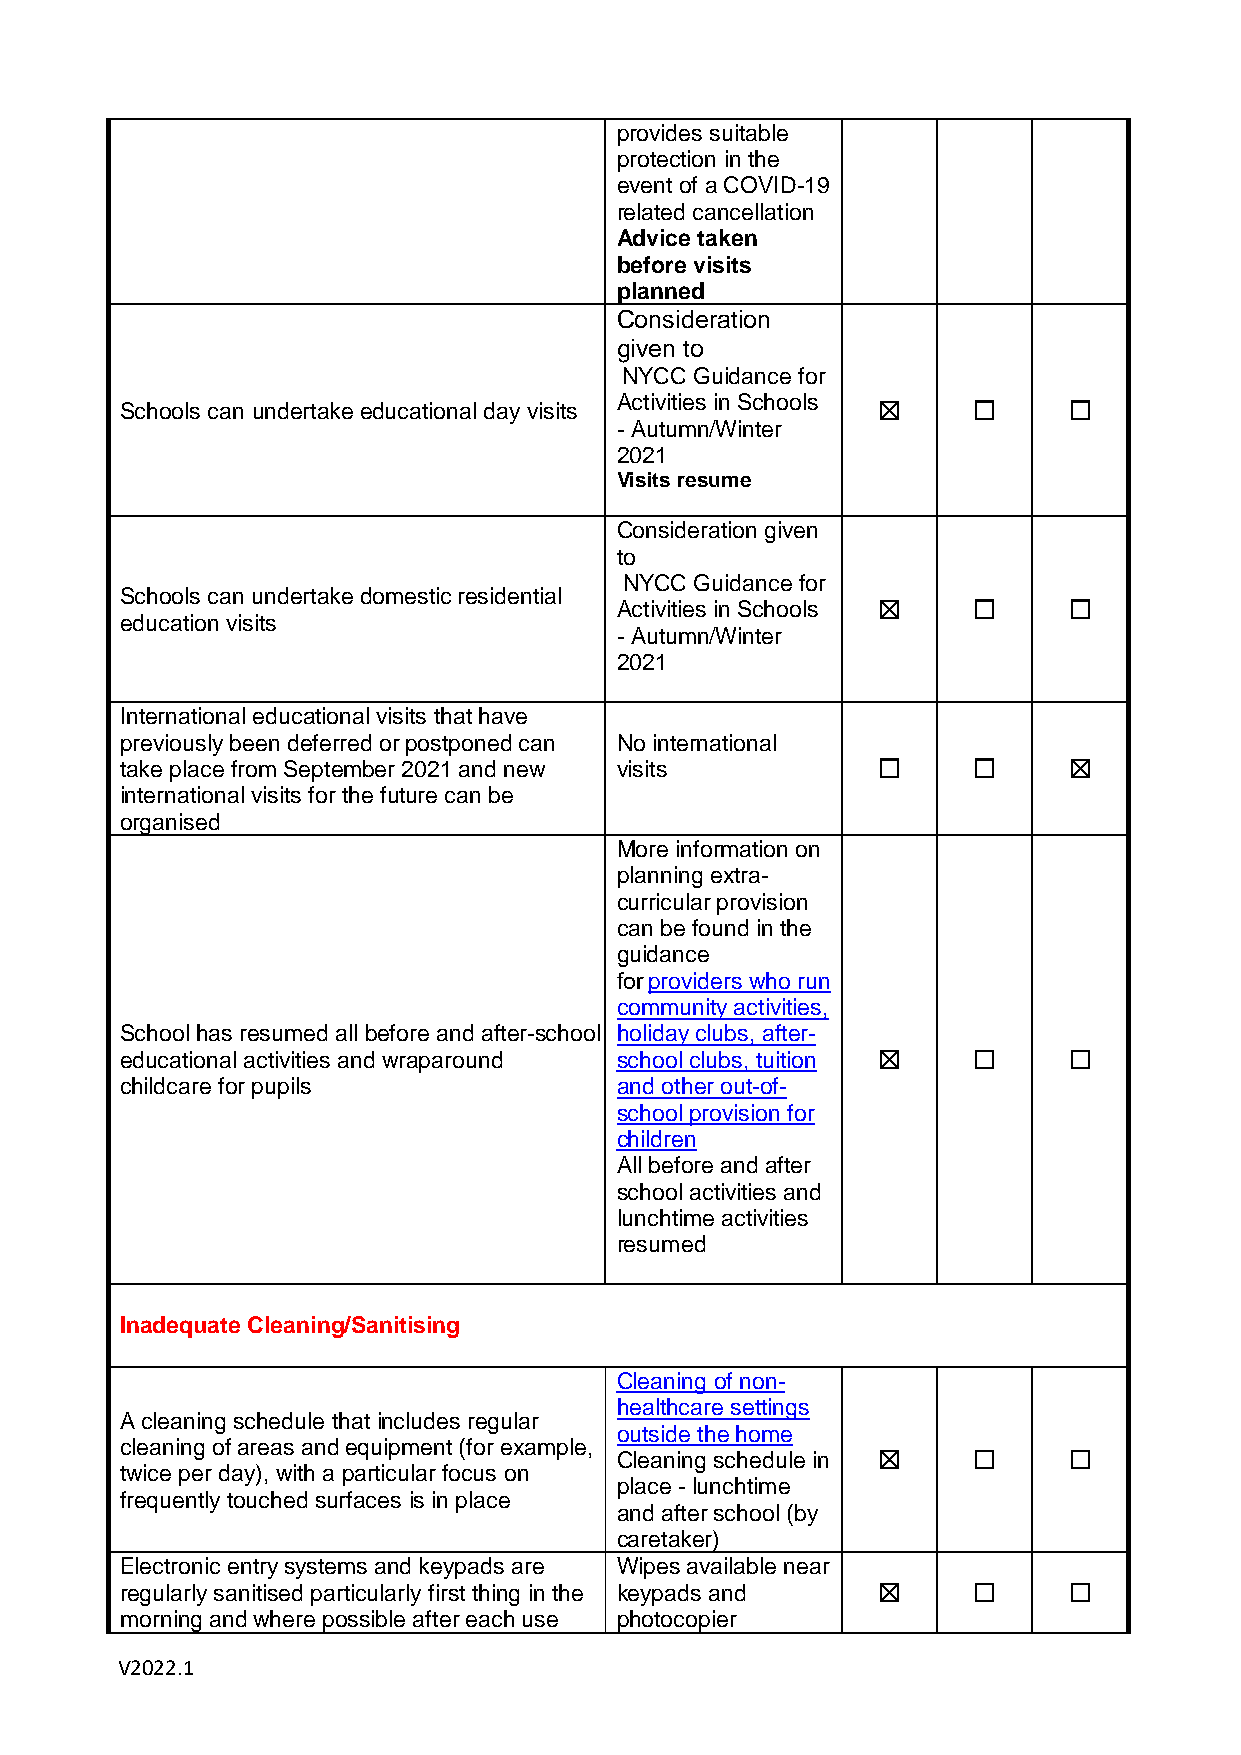
provides suitable
 protection in the
 event of a COVID-19
 related cancellation
 Advice taken
 before visits
 planned
 Consideration
 given to
 NYCC Guidance for
 Schools can undertake educational day visits Activities in Schools ☒ ☐ ☐
 - Autumn/Winter
 2021
 Visits resume
 Consideration given
 to
 NYCC Guidance for
 Schools can undertake domestic residential
 Activities in Schools ☒ ☐     ☐
 education visits
 - Autumn/Winter
 2021
 International educational visits that have
 previously been deferred or postponed can No international
 take place from September 2021 and new visits     ☐     ☐      ☒
 international visits for the future can be
 organised
 More information on
 planning extra-
 curricular provision
 can be found in the
 guidance
 for providers who run
 community activities,
 School has resumed all before and after-school holiday clubs, after-
 educational activities and wraparound school clubs, tuition ☒ ☐ ☐
 childcare for pupils             and other out-of-
 school provision for
 children
 All before and after
 school activities and
 lunchtime activities
 resumed
 Inadequate Cleaning/Sanitising
 Cleaning of non-
 healthcare settings
 A cleaning schedule that includes regular
 outside the home
 cleaning of areas and equipment (for example,
 Cleaning schedule in ☒ ☐      ☐
 twice per day), with a particular focus on
 place - lunchtime
 frequently touched surfaces is in place
 and after school (by
 caretaker)
 Electronic entry systems and keypads are Wipes available near
 regularly sanitised particularly first thing in the keypads and ☒ ☐ ☐
 morning and where possible after each use photocopier
 V2022.1